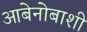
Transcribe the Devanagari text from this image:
आबेनोबाशी